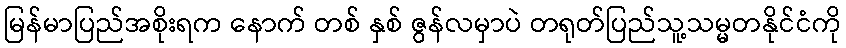
မြန်မာပြည်အစိုးရက နောက် တစ် နှစ် ဇွန်လမှာပဲ တရုတ်ပြည်သူ့သမ္မတနိုင်ငံကို